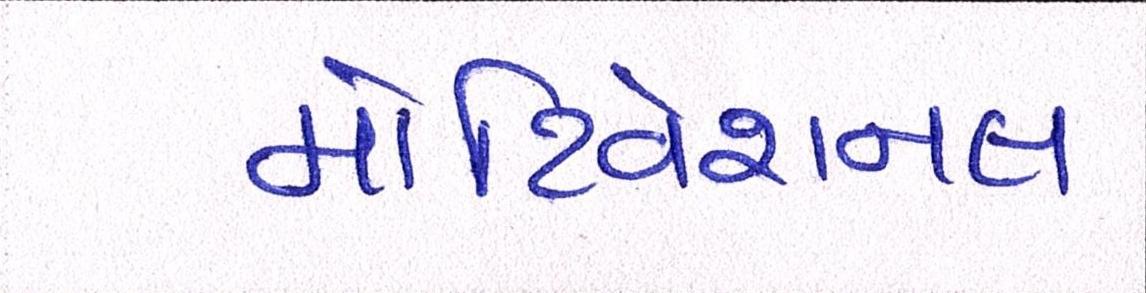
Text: મોટિવેશનલ